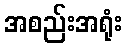
အစည်းအရုံး